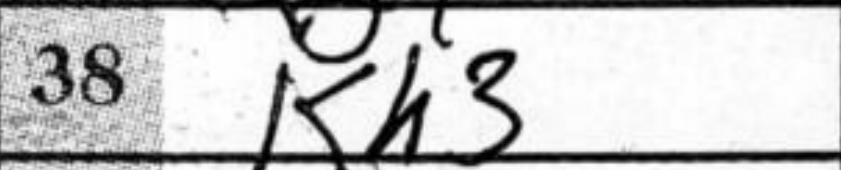
Transcription: Kh3